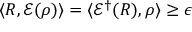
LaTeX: \langle R , { \mathcal { E } } ( \rho ) \rangle = \langle { \mathcal { E } } ^ { \dagger } ( R ) , \rho \rangle \geq \epsilon